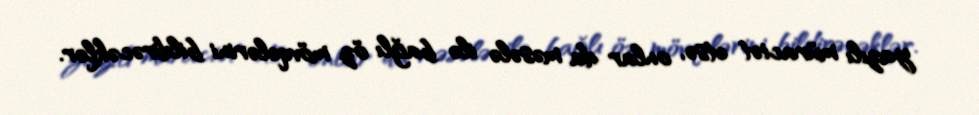
yazılı müraciət etsə, onlar da məsələ ilə bağlı öz mövqelərini bildirəcəklər.